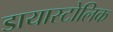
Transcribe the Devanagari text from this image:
डायास्टोलिक